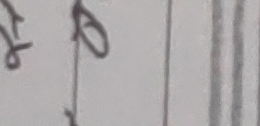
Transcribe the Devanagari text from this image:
रप